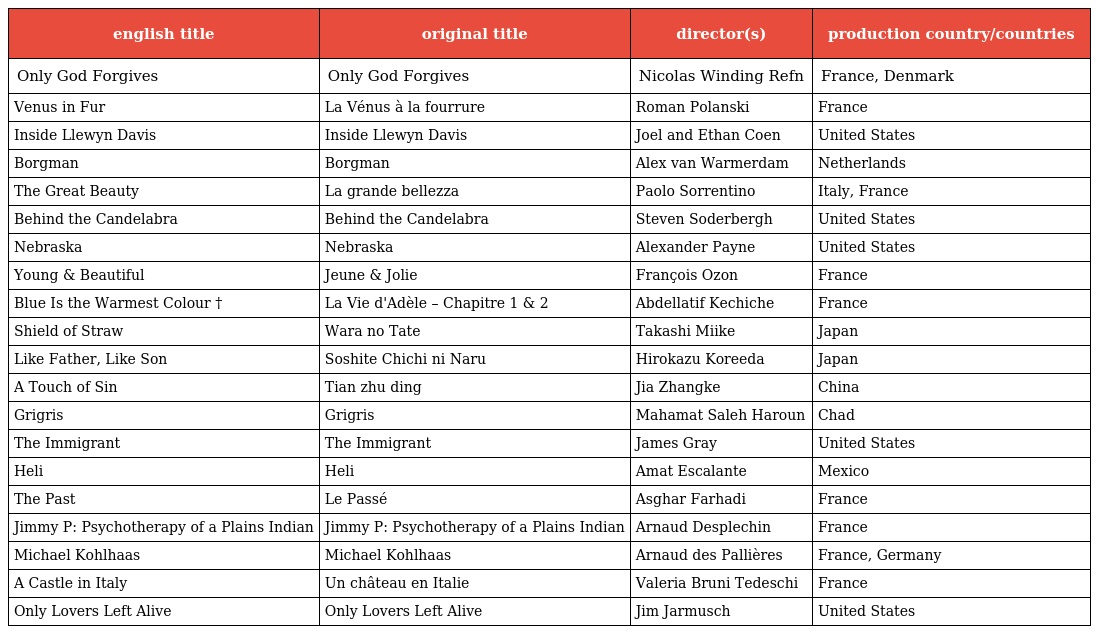
| english title | original title | director(s) | production country/countries |
 | --- | --- | --- | --- |
 | Only God Forgives | Only God Forgives | Nicolas Winding Refn | France, Denmark |
 | Venus in Fur | La Vénus à la fourrure | Roman Polanski | France |
 | Inside Llewyn Davis | Inside Llewyn Davis | Joel and Ethan Coen | United States |
 | Borgman | Borgman | Alex van Warmerdam | Netherlands |
 | The Great Beauty | La grande bellezza | Paolo Sorrentino | Italy, France |
 | Behind the Candelabra | Behind the Candelabra | Steven Soderbergh | United States |
 | Nebraska | Nebraska | Alexander Payne | United States |
 | Young & Beautiful | Jeune & Jolie | François Ozon | France |
 | Blue Is the Warmest Colour † | La Vie d'Adèle – Chapitre 1 & 2 | Abdellatif Kechiche | France |
 | Shield of Straw | Wara no Tate | Takashi Miike | Japan |
 | Like Father, Like Son | Soshite Chichi ni Naru | Hirokazu Koreeda | Japan |
 | A Touch of Sin | Tian zhu ding | Jia Zhangke | China |
 | Grigris | Grigris | Mahamat Saleh Haroun | Chad |
 | The Immigrant | The Immigrant | James Gray | United States |
 | Heli | Heli | Amat Escalante | Mexico |
 | The Past | Le Passé | Asghar Farhadi | France |
 | Jimmy P: Psychotherapy of a Plains Indian | Jimmy P: Psychotherapy of a Plains Indian | Arnaud Desplechin | France |
 | Michael Kohlhaas | Michael Kohlhaas | Arnaud des Pallières | France, Germany |
 | A Castle in Italy | Un château en Italie | Valeria Bruni Tedeschi | France |
 | Only Lovers Left Alive | Only Lovers Left Alive | Jim Jarmusch | United States |